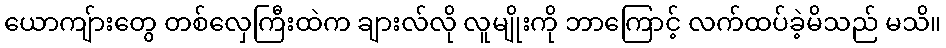
ယောကျ်ားတွေ တစ်လှေကြီးထဲက ချားလ်လို လူမျိုးကို ဘာကြောင့် လက်ထပ်ခဲ့မိသည် မသိ။